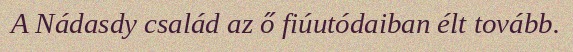
A Nádasdy család az ő fiúutódaiban élt tovább.